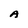
Character: A